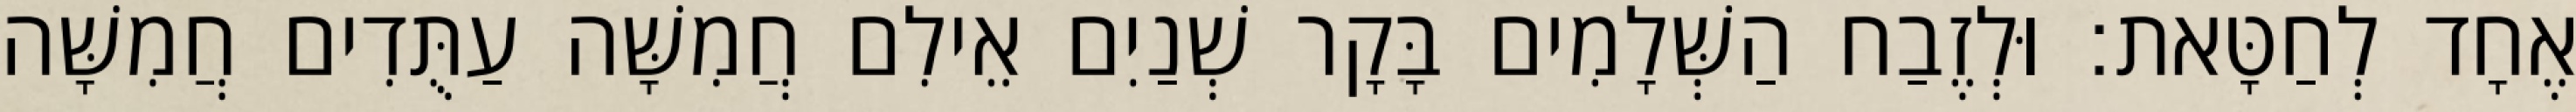
אֶחָד לְחַטָּאת׃ וּלְזֶבַח הַשְּׁלָמִים בָּקָר שְׁנַיִם אֵילִם חֲמִשָּׁה עַתֻּדִים חֲמִשָּׁה